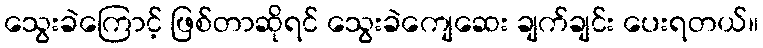
သွေးခဲကြောင့် ဖြစ်တာဆိုရင် သွေးခဲကျေဆေး ချက်ချင်း ပေးရတယ်။